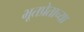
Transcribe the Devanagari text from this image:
भूतप्रेताच्या